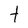
Character: t